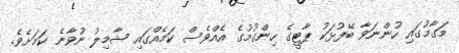
މަގާމުގައި ހުންނަވާ ބޭފުޅަކު ޕާޓީގެ ހިންގުމުގެ އެއްވެސް ކަމެއްގައި ޝާމިލު ނުވާނެ ކަމަށެވެ.